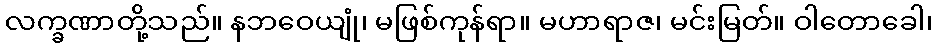
လက္ခဏာတို့သည်။ နဘဝေယျုံ၊ မဖြစ်ကုန်ရာ။ မဟာရာဇ၊ မင်းမြတ်။ ဝါတောခေါ၊